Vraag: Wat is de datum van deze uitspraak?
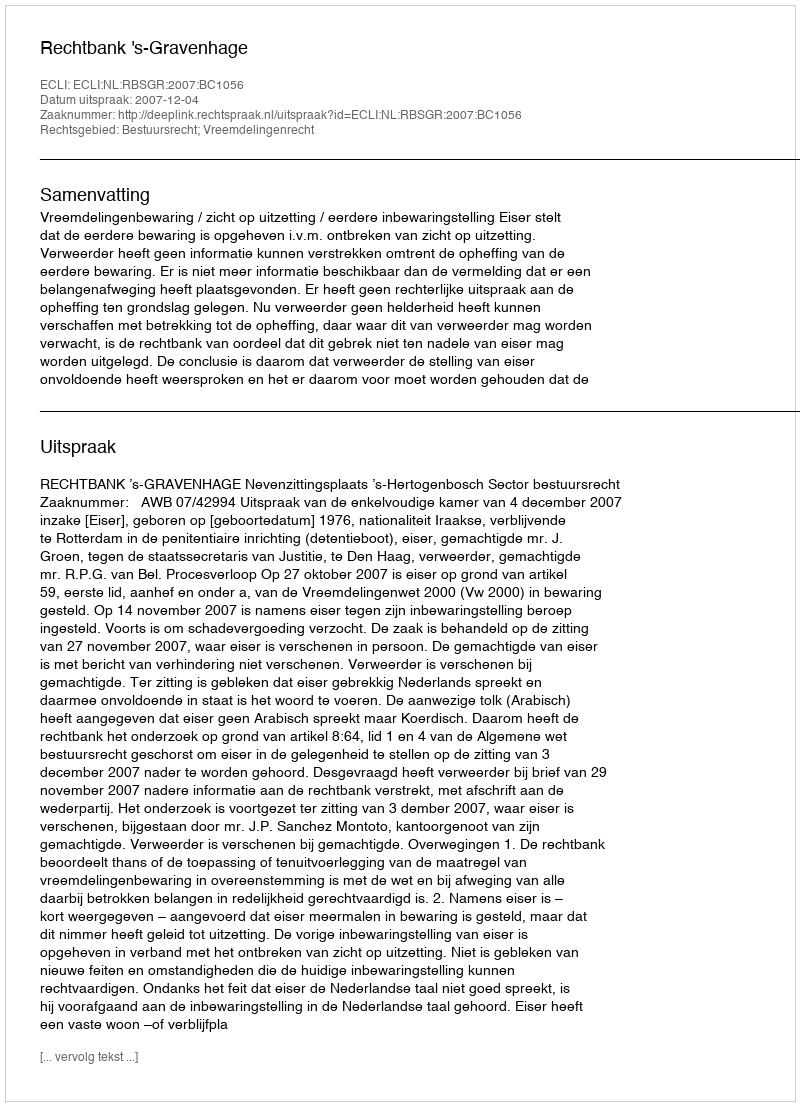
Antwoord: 2007-12-04